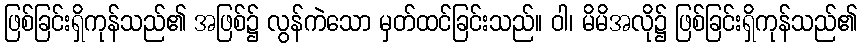
ဖြစ်ခြင်းရှိကုန်သည်၏ အဖြစ်၌ လွန်ကဲသော မှတ်ထင်ခြင်းသည်။ ဝါ၊ မိမိအလို၌ ဖြစ်ခြင်းရှိကုန်သည်၏